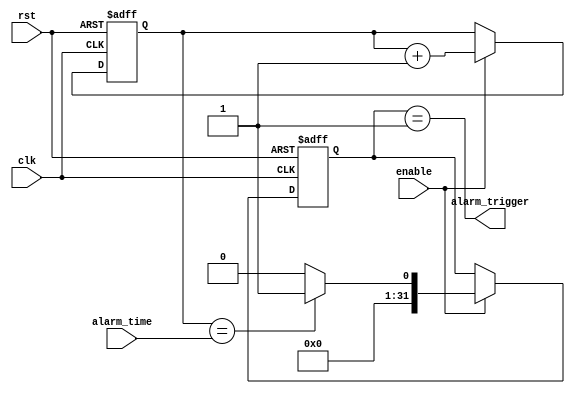
module rtc_timer(
    input wire clk,
    input wire rst,
    input wire [31:0] alarm_time,
    input wire enable,
    output wire alarm_trigger
);

reg [31:0] current_time;
reg [31:0] alarm_flag;

always @(posedge clk or posedge rst) begin
    if (rst) begin
        current_time <= 32'h0;
        alarm_flag <= 32'h0;
    end else begin
        if (enable) begin
            current_time <= current_time + 32'h1;
            if (current_time == alarm_time) begin
                alarm_flag <= 32'h1;
            end else begin
                alarm_flag <= 32'h0;
            end
        end
    end
end

assign alarm_trigger = (alarm_flag == 32'h1);

endmodule